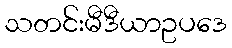
သတင်းမီဒီယာဥပဒေ